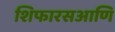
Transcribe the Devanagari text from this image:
शिफारसआणि